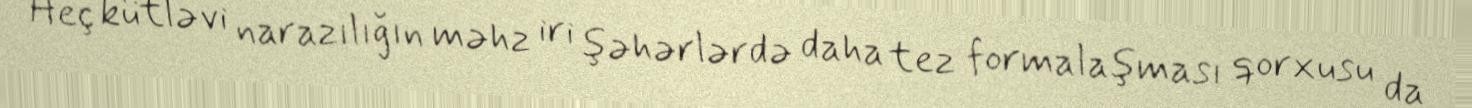
Heç kütləvi narazılığın məhz iri şəhərlərdə daha tez formalaşması qorxusu da